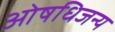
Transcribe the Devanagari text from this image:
ओषधिजन्य